Vaccine operations Central Provinces 1886-1899 - 1886-1899
Year: 1886
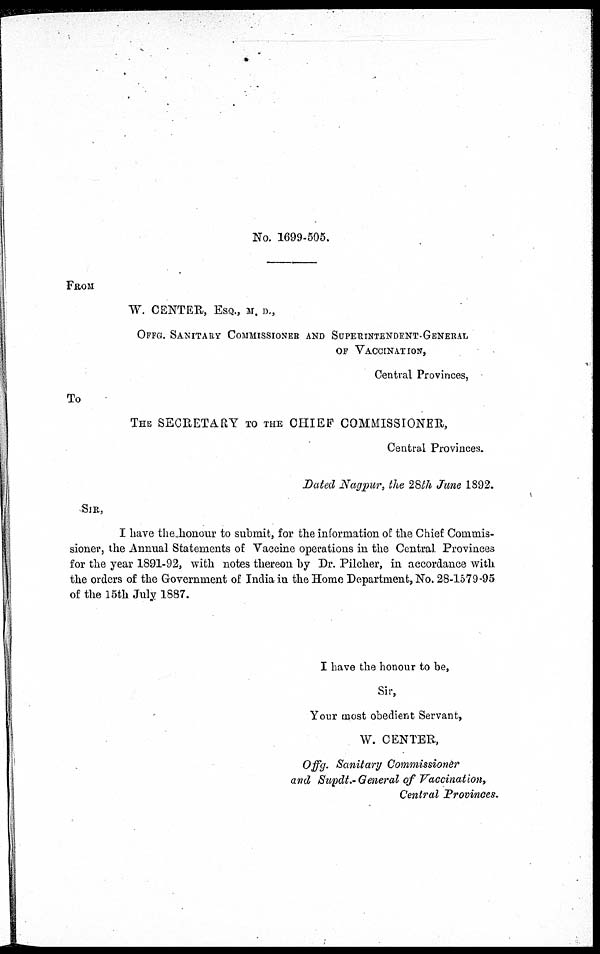
No. 1699-505.
FROM
W. CENTER, ESQ., M. D.,
OFFG. SANITARY COMMISSIONER AND SUPERINTENDENT-GENERAL
OF VACCINATION,
Central Provinces,
To
THE SECRETARY TO THE CHIEF COMMISSIONER,
Central Provinces.
Dated Nagpur, the 28th June 1892.
SIR,
I have the honour to submit, for the information of the Chief Commis-
sioner, the Annual Statements of Vaccine operations in the Central Provinces
for the year 1891-92, with notes thereon by Dr. Pilcher, in accordance with
the orders of the Government of India in the Home Department, No. 28-1579-95
of the 15th July 1887.
I have the honour to be,
Sir,
Your most obedient Servant,
W. CENTER,
Offg. Sanitary Commissioner
and Supdt.- General of Vaccination,
Central Provinces.